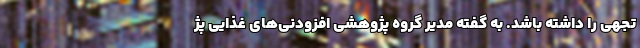
تجهی را داشته باشد. به گفته مدیر گروه پژوهشی افزودنی‌های غذایی پژ